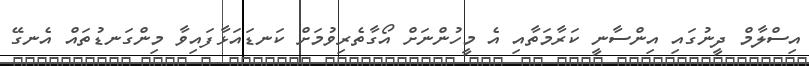
އިސްލާމް ދީނުގައި އިންސާނީ ކަރާމަތާއި އެ މީހުންނަށް އޯގާތެރިވުމަށް ކަނޑައަޅާފައިވާ މިންގަނޑުތައް އެނގޭ